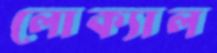
লোক্যাল